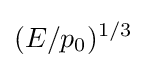
(E/p_{0})^{1/3}